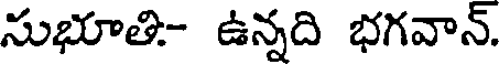
సుభూతి- ఉన్నది భగవాన్.